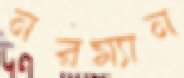
নরম্যান